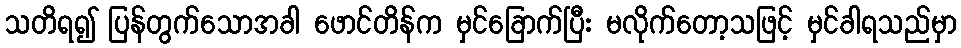
သတိရ၍ ပြန်တွက်သောအခါ ဖောင်တိန်က မှင်ခြောက်ပြီး မလိုက်တော့သဖြင့် မှင်ခါရသည်မှာ